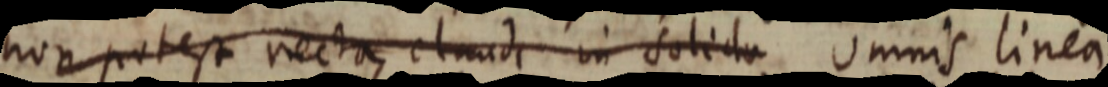
non potest recta et nude in solida omnis linea